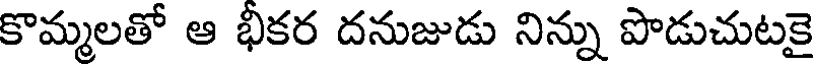
కొమ్మలతో ఆ భీకర దనుజుడు నిన్ను పొడుచుటకై